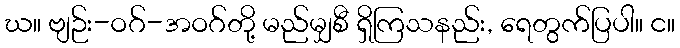
ဃ။ ဗျဉ်း-ဝဂ်-အဝဂ်တို့ မည်မျှစီ ရှိကြသနည်း, ရေတွက်ပြပါ။ င။